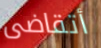
أتقاضى